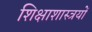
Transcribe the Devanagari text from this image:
शिक्षाशास्त्रयों